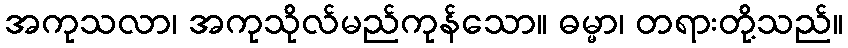
အကုသလာ၊ အကုသိုလ်မည်ကုန်သော။ ဓမ္မာ၊ တရားတို့သည်။